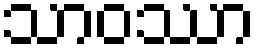
သာဝဿာ